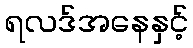
ရလဒ်အနေနှင့်